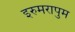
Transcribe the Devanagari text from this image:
इरुमरापुम